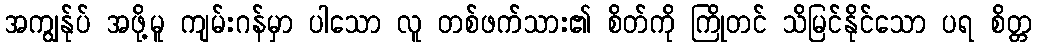
အကျွန်ုပ် အဖို့မူ ကျမ်းဂန်မှာ ပါသော လူ တစ်ဖက်သား၏ စိတ်ကို ကြိုတင် သိမြင်နိုင်သော ပရ စိတ္တ